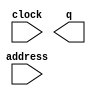
module AM_carrier_wave_rom (
	address,
	clock,
	q);

	input	[4:0]  address;
	input	  clock;
	output	[7:0]  q;
`ifndef ALTERA_RESERVED_QIS
// synopsys translate_off
`endif
	tri1	  clock;
`ifndef ALTERA_RESERVED_QIS
// synopsys translate_on
`endif

endmodule